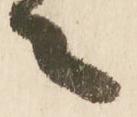
々